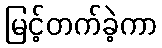
မြင့်တက်ခဲ့ကာ